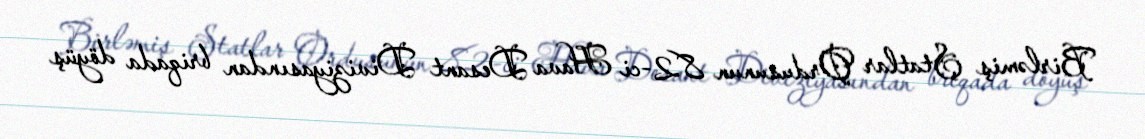
Birləmiş Ştatlar Ordusunun 82-ci Hava Desant Diviziyasından briqada döyüş